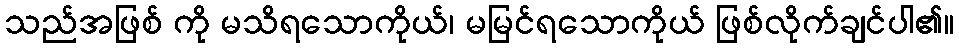
သည်အဖြစ် ကို မသိရသောကိုယ်၊ မမြင်ရသောကိုယ် ဖြစ်လိုက်ချင်ပါ၏။